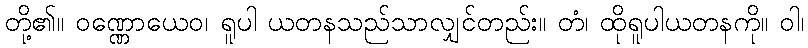
တို့၏။ ဝဏ္ဏောယေဝ၊ ရူပါ ယတနသည်သာလျှင်တည်း။ တံ၊ ထိုရူပါယတနကို။ ဝါ၊